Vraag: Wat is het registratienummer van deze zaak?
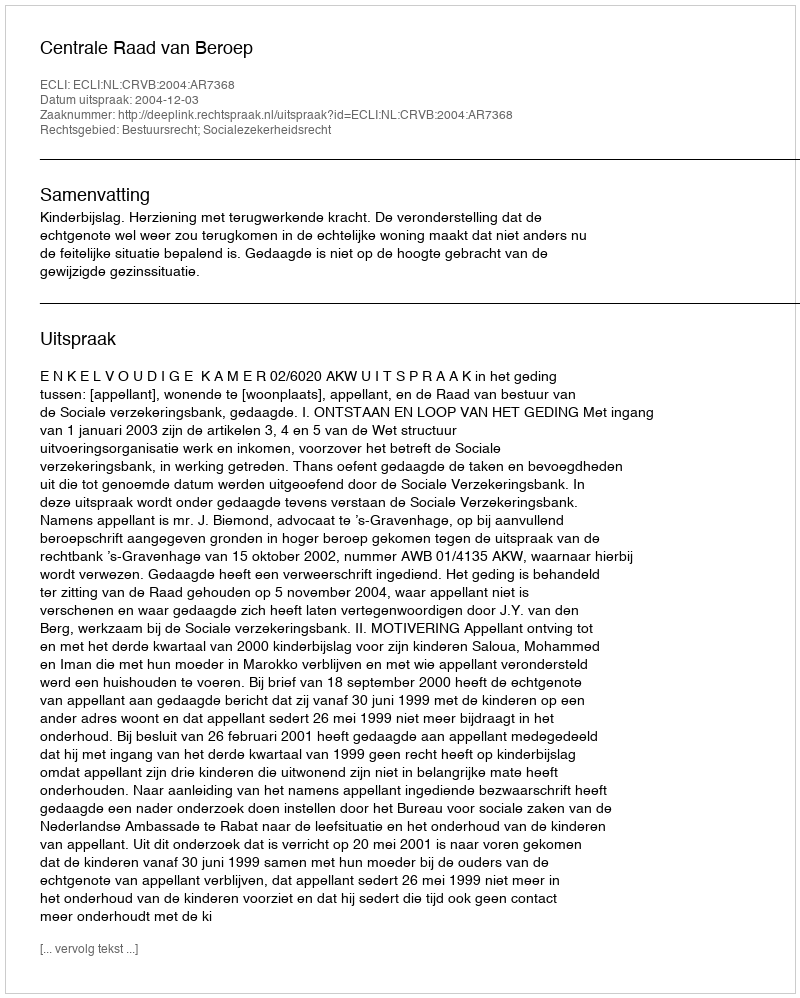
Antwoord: http://deeplink.rechtspraak.nl/uitspraak?id=ECLI:NL:CRVB:2004:AR7368